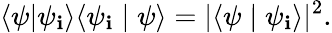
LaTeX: \langle\psi|\psi_{\mathbf{i}}\rangle\langle\psi_{\mathbf{i}}\mid\psi\rangle=|\langle\psi\mid\psi_{\mathbf{i}}\rangle|^{2}.